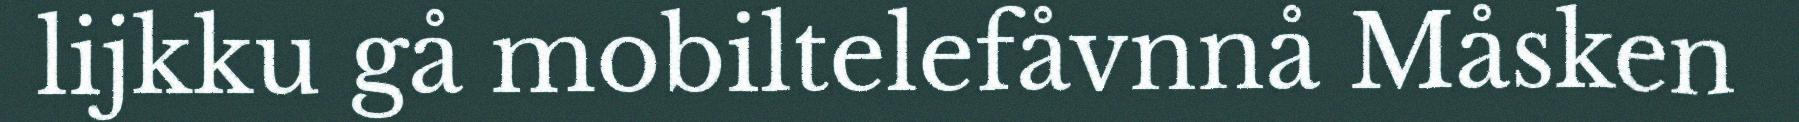
lijkku gå mobiltelefåvnnå Måsken